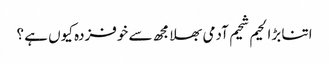
اتنا بڑا لحیم شحیم آدمی بھلا مجھ سے خوفزدہ کیوں ہے ؟